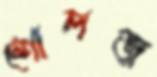
শোলজ